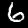
Label: 6